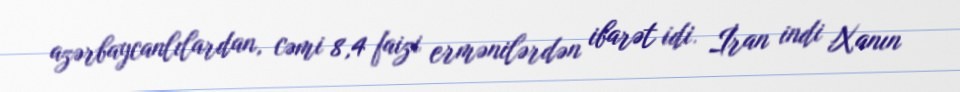
azərbaycanlılardan, cəmi 8,4 faizi ermənilərdən ibarət idi. İran indi Xanın